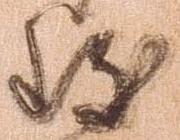
致